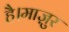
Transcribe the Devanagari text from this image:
है।माज़ुर